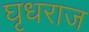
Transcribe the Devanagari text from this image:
घृधराज